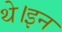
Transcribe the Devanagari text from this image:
थे।इन